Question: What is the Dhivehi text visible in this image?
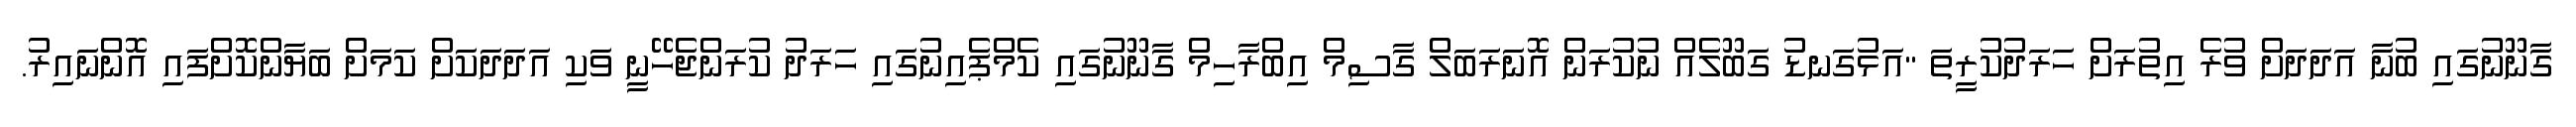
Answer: ގާނޫނުގައި ބުނާ އަދަދަށް ވުރެ އިތުރަށް ހަރަދުކުރީތަ "އަޅުގަނޑު ގަބޫލެއް ނުކުރަން އޮނަރަބަލް ގާސިމް އިބްރާހިމް ގާނޫނުގައި ކެމްޕެއިނުގައި ހަރަދު ކުރަންޖެހޭނީ ވަކި އަދަދަކަށް ކަމަށް ބަޔާންކޮށްފައި އޮންނައިރު.